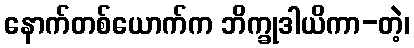
နောက်တစ်ယောက်က ဘိက္ခုဒါယိကာ-တဲ့၊